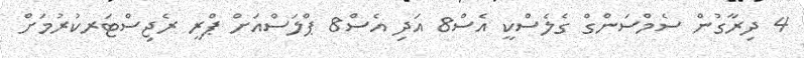
4 ދިރާގުން ސެމްސަންގް ގެލެސްކީ އެސް8 އަދި އެސް8 ޕްލަސްއަށް ޕްރީ ރެޖިސްޓަރކުރުމަށް